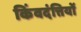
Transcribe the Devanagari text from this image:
किंवदंत्तियों